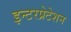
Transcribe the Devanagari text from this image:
इन्टरप्रेटेशन